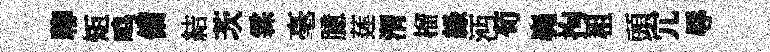
聊矩鸣備結茨霖毫臆莲渭榴緑沔荀嶤拘租頭冗辱